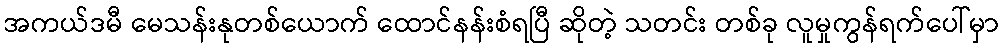
အကယ်ဒမီ မေသန်းနုတစ်ယောက် ထောင်နန်းစံရပြီ ဆိုတဲ့ သတင်း တစ်ခု လူမှုကွန်ရက်ပေါ်မှာ